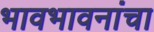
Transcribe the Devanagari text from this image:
भावभावनांचा